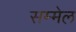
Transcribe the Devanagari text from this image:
सम्मेल